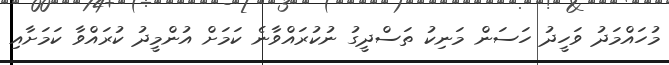
މުހައްމަދު ވަހީދު ހަސަން މަނިކު ތަސްދީގު ނުކުރައްވާނެ ކަމަށް އުންމީދު ކުރައްވާ ކަމަށާއި